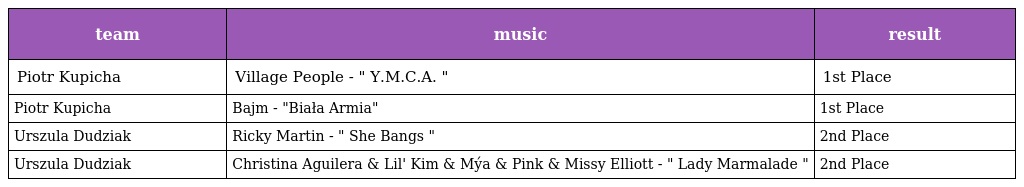
| team | music | result |
 | --- | --- | --- |
 | Piotr Kupicha | Village People - " Y.M.C.A. " | 1st Place |
 | Piotr Kupicha | Bajm - "Biała Armia" | 1st Place |
 | Urszula Dudziak | Ricky Martin - " She Bangs " | 2nd Place |
 | Urszula Dudziak | Christina Aguilera & Lil' Kim & Mýa & Pink & Missy Elliott - " Lady Marmalade " | 2nd Place |